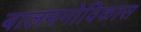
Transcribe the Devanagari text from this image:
बालमनोविकास